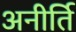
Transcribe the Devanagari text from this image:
अनीर्ति